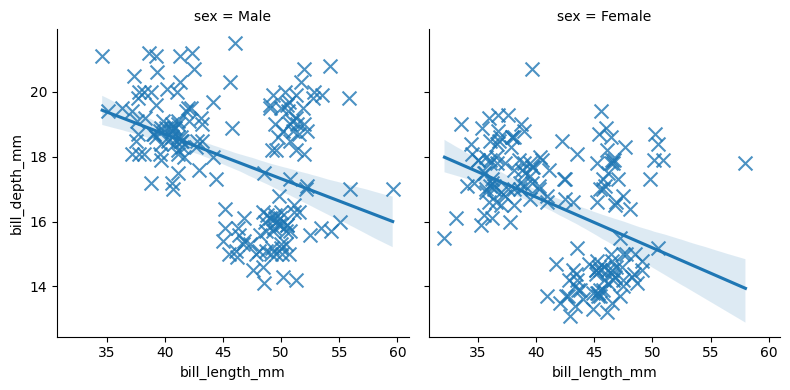
python, seaborn, lmplot, aspect=1.0, order=1, markers='x'